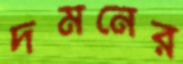
দমনের